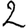
Digit: 2